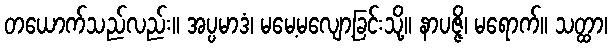
တယောက်သည်လည်း။ အပ္ပမာဒံ၊ မမေ့မလျော့ခြင်းသို့။ နာပဇ္ဇိ၊ မရောက်။ သတ္ထာ၊